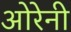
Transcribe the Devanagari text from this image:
ओरेनी